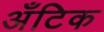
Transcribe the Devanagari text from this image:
अँटिक